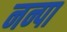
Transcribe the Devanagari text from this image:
नन्पा